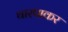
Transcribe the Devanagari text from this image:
थारपाकर